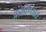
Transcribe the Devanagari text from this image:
अडविण्यात